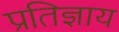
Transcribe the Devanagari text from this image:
प्रतिज्ञाय